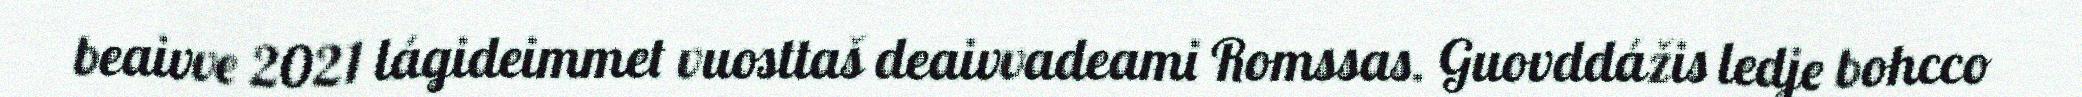
beaivve 2021 lágideimmet vuosttaš deaivvadeami Romssas. Guovddážis ledje bohcco